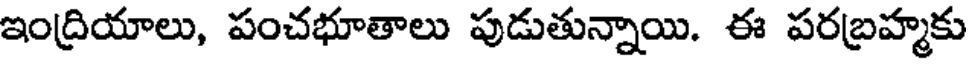
ఇంద్రియాలు, పంచభూతాలు పుడుతున్నాయి. ఈ పరబ్రహ్మకు